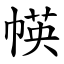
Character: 㡕